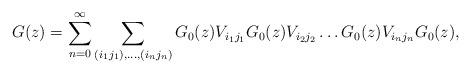
LaTeX: \begin{align*} G(z)=\sum\limits_{n=0}^{\infty} \sum\limits_{(i_1j_1),\ldots,(i_nj_n)} G_0(z)V_{i_1j_1}G_0(z)V_{i_2j_2}\ldots G_0(z)V_{i_nj_n}G_0(z),\end{align*}